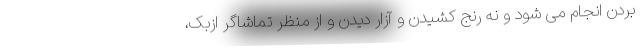
بردن انجام می شود و نه رنج کشیدن و آزار دیدن و از منظر تماشاگر ازبک،